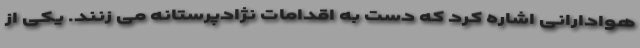
هوادارانی اشاره کرد که دست به اقدامات نژادپرستانه می زنند. یکی از